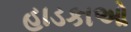
હાડકાઓ